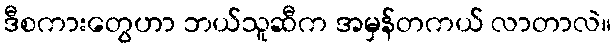
ဒီစကားတွေဟာ ဘယ်သူဆီက အမှန်တကယ် လာတာလဲ။